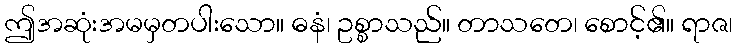
ဤအဆုံးအမမှတပါးသော။ ဓနံ၊ ဥစ္စာသည်။ တာသတေ၊ စောင့်၏။ ရာဇ၊